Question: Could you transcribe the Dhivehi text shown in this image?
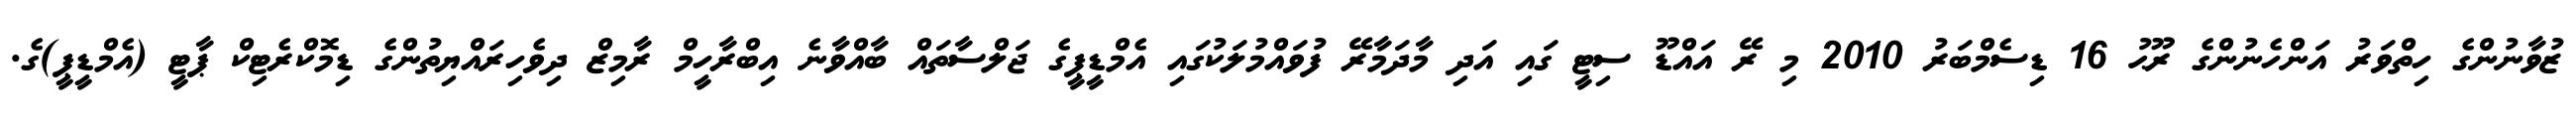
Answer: ޒުވާނުންގެ ހިތްވަރު އަންހެނުންގެ ރޫޙު 16 ޑިސެމްބަރު 2010 މި ރޭ އައްޑޫ ސިޓީ ގައި އަދި މާދަމާރޭ ފުވައްމުލަކުގައި އެމްޑީޕީގެ ޖަލްސާތައް ބާއްވާނެ އިބްރާހީމް ރާމިޒް ދިވެހިރައްޔިތުންގެ ޑިމޮކްރެޓިކް ޕާޓީ (އެމްޑީޕީ)ގެ.